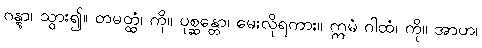
ဂန္တွာ၊ သွား၍။ တမတ္ထံ၊ ကို။ ပုစ္ဆန္တော၊ မေးလိုရကား။ ဣမံ ဂါထံ၊ ကို။ အာဟ၊